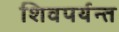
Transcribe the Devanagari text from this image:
शिवपर्यन्त